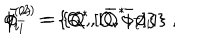
LaTeX: \phi _ { i } ^ { ( 2 ) } = \{ Q ^ { * } , [ { \bar { Q } } ^ { * } , \phi _ { i } ] \} \; , \hspace { 1 c m } { \bar { \phi } } _ { \bar { i } } ^ { ( 2 ) } = \{ Q , [ { \bar { Q } } , { \bar { \phi } } _ { \bar { i } } ] \}